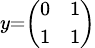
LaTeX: \scriptstyle y=\left({\begin{array}{ll}{0}&{1}\\ {1}&{1}\end{array}}\right)